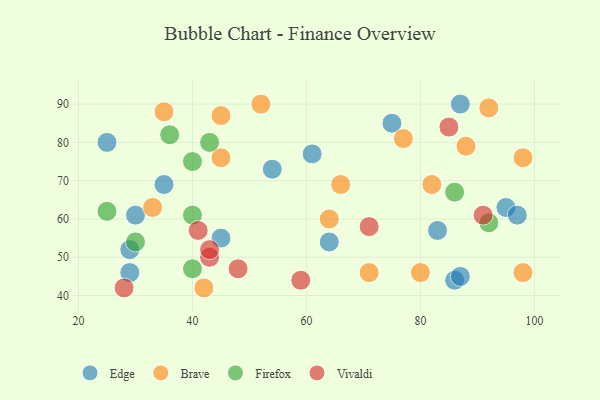
{"axis": {"x": "GDP", "y": "Life Expectancy"}, "legend": ["Brave", "Edge", "Firefox", "Vivaldi"], "data": [{"x": "54", "y": 73, "type": "Edge"}, {"x": "95", "y": 63, "type": "Edge"}, {"x": "30", "y": 61, "type": "Edge"}, {"x": "29", "y": 52, "type": "Edge"}, {"x": "61", "y": 77, "type": "Edge"}, {"x": "25", "y": 80, "type": "Edge"}, {"x": "75", "y": 85, "type": "Edge"}, {"x": "86", "y": 44, "type": "Edge"}, {"x": "87", "y": 45, "type": "Edge"}, {"x": "64", "y": 54, "type": "Edge"}, {"x": "87", "y": 90, "type": "Edge"}, {"x": "35", "y": 69, "type": "Edge"}, {"x": "45", "y": 55, "type": "Edge"}, {"x": "97", "y": 61, "type": "Edge"}, {"x": "29", "y": 46, "type": "Edge"}, {"x": "83", "y": 57, "type": "Edge"}, {"x": "45", "y": 76, "type": "Brave"}, {"x": "82", "y": 69, "type": "Brave"}, {"x": "98", "y": 76, "type": "Brave"}, {"x": "98", "y": 46, "type": "Brave"}, {"x": "66", "y": 69, "type": "Brave"}, {"x": "88", "y": 79, "type": "Brave"}, {"x": "33", "y": 63, "type": "Brave"}, {"x": "42", "y": 42, "type": "Brave"}, {"x": "77", "y": 81, "type": "Brave"}, {"x": "35", "y": 88, "type": "Brave"}, {"x": "80", "y": 46, "type": "Brave"}, {"x": "71", "y": 46, "type": "Brave"}, {"x": "52", "y": 90, "type": "Brave"}, {"x": "64", "y": 60, "type": "Brave"}, {"x": "92", "y": 89, "type": "Brave"}, {"x": "45", "y": 87, "type": "Brave"}, {"x": "43", "y": 80, "type": "Firefox"}, {"x": "40", "y": 47, "type": "Firefox"}, {"x": "40", "y": 61, "type": "Firefox"}, {"x": "92", "y": 59, "type": "Firefox"}, {"x": "30", "y": 54, "type": "Firefox"}, {"x": "36", "y": 82, "type": "Firefox"}, {"x": "40", "y": 75, "type": "Firefox"}, {"x": "25", "y": 62, "type": "Firefox"}, {"x": "86", "y": 67, "type": "Firefox"}, {"x": "43", "y": 50, "type": "Vivaldi"}, {"x": "48", "y": 47, "type": "Vivaldi"}, {"x": "71", "y": 58, "type": "Vivaldi"}, {"x": "41", "y": 57, "type": "Vivaldi"}, {"x": "59", "y": 44, "type": "Vivaldi"}, {"x": "85", "y": 84, "type": "Vivaldi"}, {"x": "28", "y": 42, "type": "Vivaldi"}, {"x": "91", "y": 61, "type": "Vivaldi"}, {"x": "43", "y": 52, "type": "Vivaldi"}]}